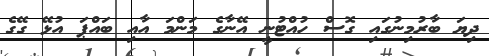
ދިޔަ ބާރުމިނުގައި ގޮސް ހުއްޓުނީ އޭނާގެ މަންމަ އާއި ބައްޕަ އުޅޭ ގޭގެ